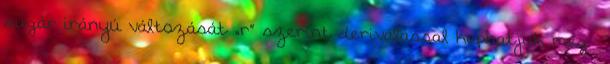
sugár irányú változását „r” szerint deriválással kaphatjuk meg.